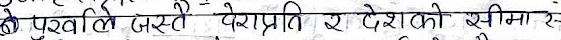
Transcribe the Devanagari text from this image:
पूर्वी बस्ति देराप्राप्ती र देशको सीमा र